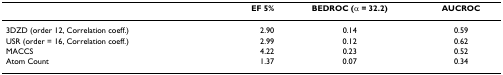
|  | EF 5% | BEDROC (α = 32.2) | AUCROC |
 | --- | --- | --- | --- |
 | 3DZD (order 12, Correlation coeff.) | 2.90 | 0.14 | 0.59 |
 | USR (order = 16, Correlation coeff.) | 2.99 | 0.12 | 0.62 |
 | MACCS | 4.22 | 0.23 | 0.52 |
 | Atom Count | 1.37 | 0.07 | 0.34 |